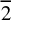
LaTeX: \overline { { 2 } }